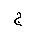
Letter: _gim